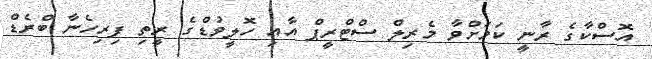
އޮސްކާގެ ރާނީ ކަމަށްވާ މެރިލް ސްޓްރީޕް އާއި ހޮލީވުޑްގެ ރީތި ފިރިހެނާ ބްރެޑް